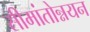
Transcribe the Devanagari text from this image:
सीमांतोन्नयन